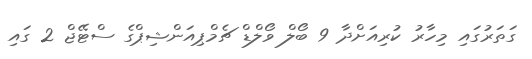
ގަތަރުގައި މިހާރު ކުރިއަށްދާ 9 ބޯލް ވޯލްޑް ޗެމްޕިއަންޝިޕްގެ ސްޓޭޖް 2 ގައި